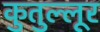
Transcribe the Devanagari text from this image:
कुतुल्लूर